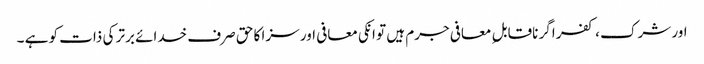
اور شرک ، کفر اگر ناقابل ِ معافی جرم ہیں تو انکی معافی اور سزا کا حق صرف خدائے برتر کی ذات کو ہے ۔